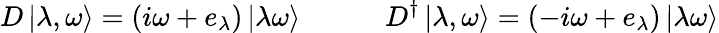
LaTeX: D\left|\lambda,\omega\right\rangle=\left(i\omega+e_{\lambda}\right)\left|\lambda\omega\right\rangle\quad\quad\quad D^{\dagger}\left|\lambda,\omega\right\rangle=\left(-i\omega+e_{\lambda}\right)\left|\lambda\omega\right\rangle